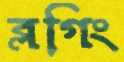
ব্লগিং